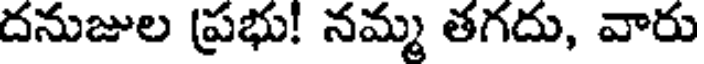
దనుజుల (ప్రభు! నమ్మ తగదు, వారు